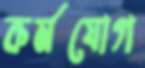
কর্মযোগ